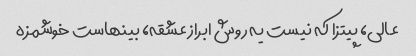
عالی، پیتزا که نیست یه روش ابراز عشقه، بینهاست خوشمزه